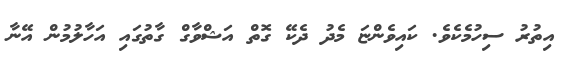
އިތުރު ސިހުމެކެވެ. ކައިވެންޏަ މެދު ދެކޭ ގޮތް އަޝްވާގް ގާތުގައި އަހާލުމުން އޭނާ